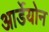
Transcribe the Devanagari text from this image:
आर्डेयोन